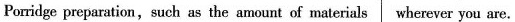
Porridge preparation,such as the amount of materials wherever you are.